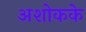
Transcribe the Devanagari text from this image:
अशोकके